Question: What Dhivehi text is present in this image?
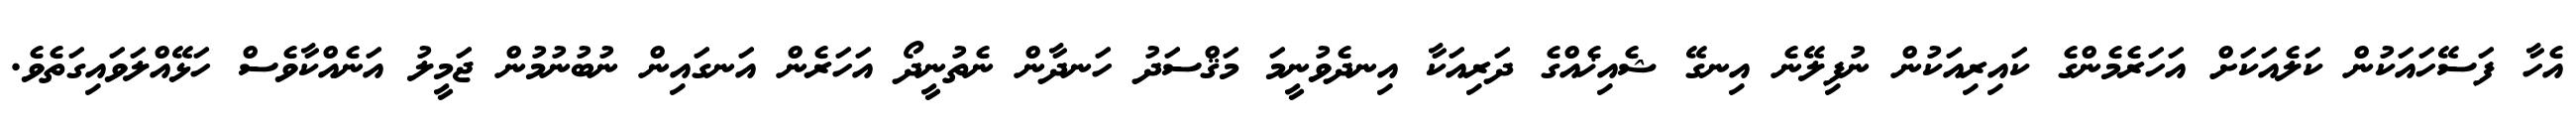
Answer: އެހާ ފަސޭހައަކުން ކަލެއަކަށް އަހަރެމެންގެ ކައިރިއަކުން ނުފިލޭނެ އިނގޭ ޝެއިޚެއްގެ ދަރިއަކާ އިނދެވުނީމަ މަޤްސަދު ހަނދާން ނެތުނީދޯ އަހަރެން އަނގައިން ނުބުނުމުން ޖަމީލު އަނެއްކާވެސް ހަޅޭއްލަވައިގަތެވެ.